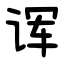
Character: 诨